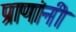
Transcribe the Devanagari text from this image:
प्राणांनी